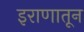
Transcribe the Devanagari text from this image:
इराणातून